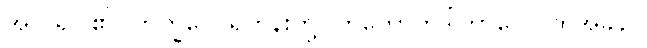
အလိုရှိပါ၏။ ဘိက္ခဝေ၊ ရဟန်းတို့။ တတောတဒါကာလေ၊ ထိုအခါ၌။